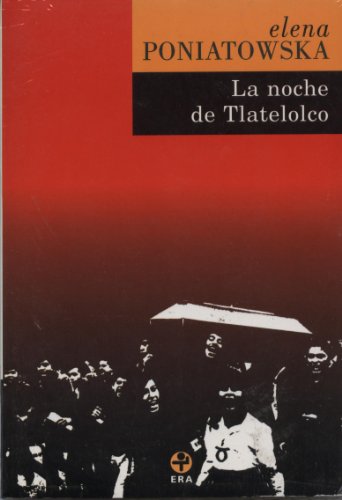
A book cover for La noche de Tlatelolco: Testimonios de historia oral (Spanish Edition); Elena Poniatowska; History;